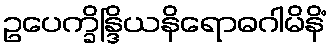
ဥပေက္ခိန္ဒြိယနိရောဓဂါမိနိံ